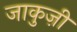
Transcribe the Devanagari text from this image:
जाकुज़ी